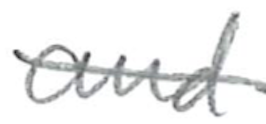
Text: and
Cross-out: diagonal
Writing tool: pencil